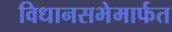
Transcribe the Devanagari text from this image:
विधानसभेमार्फत